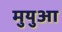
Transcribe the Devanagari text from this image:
मुयुआ